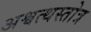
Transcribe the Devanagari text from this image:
अश्वत्थस्तोत्र